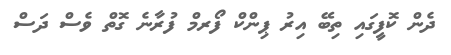
ދެން ކޮފީގައި ތިބޭ އިރު ޕިންކް ފޯރމް ފުރާނެ ގޮތް ވެސް ދަސް